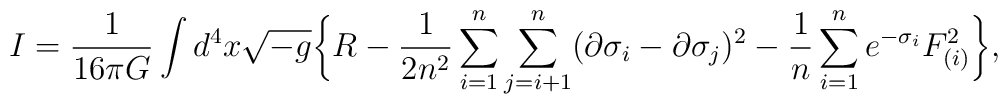
I={1\over 16\pi G}\int d^4x\sqrt{-g}\biggl\{ R-{1\over 2 n^2}\sum_{i=1}^n\sum_{j=i+1}^n(\partial\sigma_i-\partial\sigma_j)^2-{1\over n}\sum_{i=1}^ne^{-\sigma_i} F_{(i)}^2\biggr\},